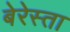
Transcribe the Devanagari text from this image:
बेरेस्ता